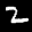
Label: 2